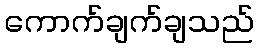
ကောက်ချက်ချသည်